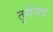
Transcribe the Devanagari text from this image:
तुर्गेनेव